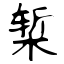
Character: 椠